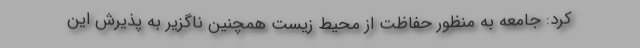
کرد: جامعه به منظور حفاظت از محیط زیست همچنین ناگزیر به پذیرش این